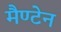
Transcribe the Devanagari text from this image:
मैण्टेन